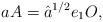
LaTeX: \begin{align*}aA = \hat a^{1/2} e_1 O,\end{align*}